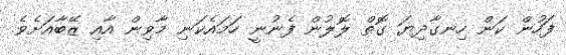
ފަހުން ކަން ހިނގާދިޔަ ގޮތް ލޮލުން ފެނުނީ ހަމައެކަނި މާވިން އާއި ޒޭބާއަށެވެ.